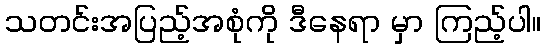
သတင်းအပြည့်အစုံကို ဒီနေရာ မှာ ကြည့်ပါ။